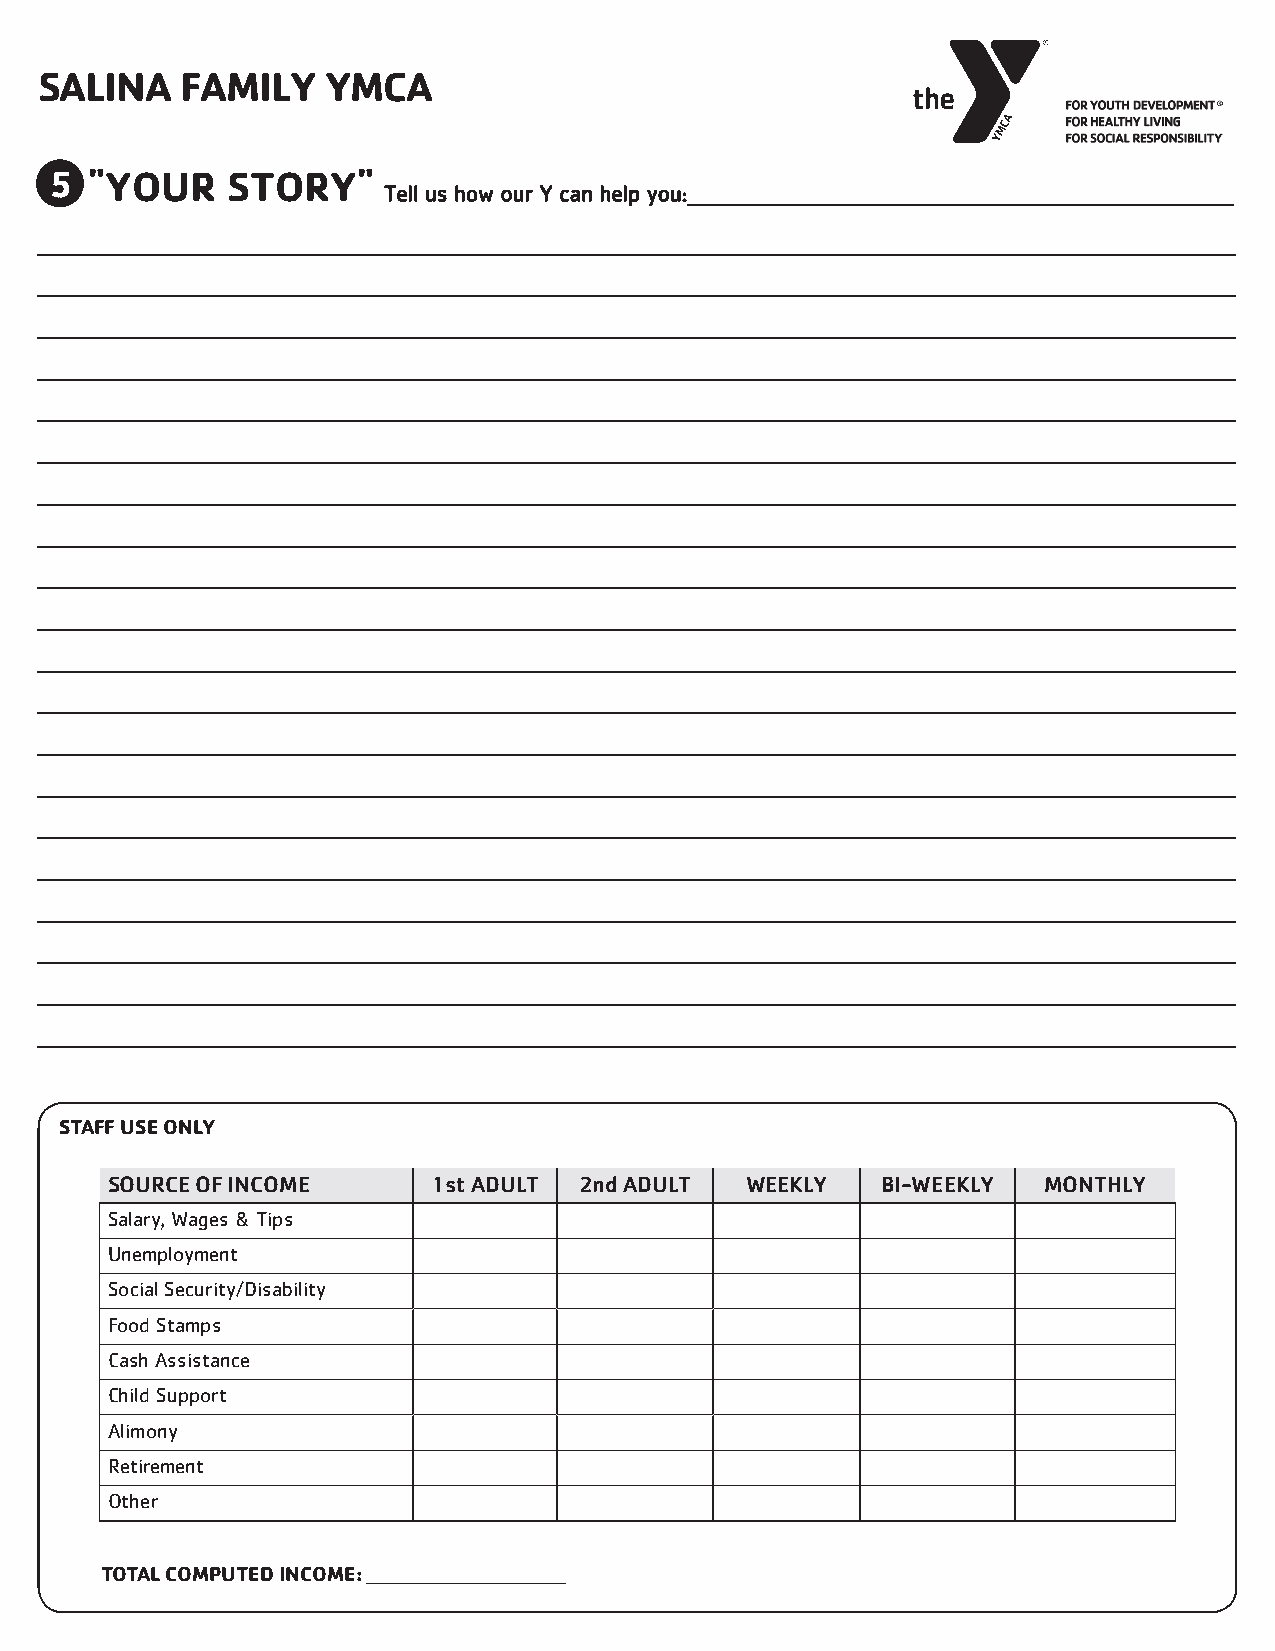
SALINA   FAMILY    YMCA
 5  "YOUR    STORY"
 Tell us how our Y can help you:________________________________________________________________________
 ______________________________________________________________________________________________________________________________________________________________
 ______________________________________________________________________________________________________________________________________________________________
 ______________________________________________________________________________________________________________________________________________________________
 ______________________________________________________________________________________________________________________________________________________________
 ______________________________________________________________________________________________________________________________________________________________
 ______________________________________________________________________________________________________________________________________________________________
 ______________________________________________________________________________________________________________________________________________________________
 ______________________________________________________________________________________________________________________________________________________________
 ______________________________________________________________________________________________________________________________________________________________
 ______________________________________________________________________________________________________________________________________________________________
 ______________________________________________________________________________________________________________________________________________________________
 ______________________________________________________________________________________________________________________________________________________________
 ______________________________________________________________________________________________________________________________________________________________
 ______________________________________________________________________________________________________________________________________________________________
 ______________________________________________________________________________________________________________________________________________________________
 ______________________________________________________________________________________________________________________________________________________________
 ______________________________________________________________________________________________________________________________________________________________
 ______________________________________________________________________________________________________________________________________________________________
 ______________________________________________________________________________________________________________________________________________________________
 ______________________________________________________________________________________________________________________________________________________________
 STAFF USE ONLY
 SOURCE OF INCOME      1st ADULT 2nd ADULT WEEKLY   BI-WEEKLY  MONTHLY
 Salary, Wages & Tips
 Unemployment
 Social Security/Disability
 Food Stamps
 Cash Assistance
 Child Support
 Alimony
 Retirement
 Other
 TOTAL COMPUTED INCOME: ____________________________________